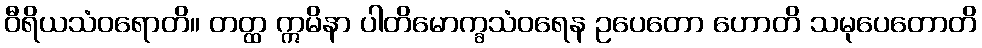
ဝီရိယသံဝရောတိ။ တတ္ထ ဣမိနာ ပါတိမောက္ခသံဝရေန ဥပေတော ဟောတိ သမုပေတောတိ